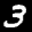
Label: 3